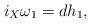
LaTeX: \begin{align*}i_X\omega_1=dh_1,\end{align*}